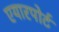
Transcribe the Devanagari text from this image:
एयारपोर्ट